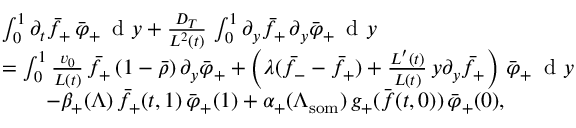
\begin{array} { r l } & { \int _ { 0 } ^ { 1 } \partial _ { t } \bar { f } _ { + } \, \bar { \varphi } _ { + } \, \textup { d } y + \frac { D _ { T } } { L ^ { 2 } ( t ) } \, \int _ { 0 } ^ { 1 } \partial _ { y } \bar { f } _ { + } \, \partial _ { y } \bar { \varphi } _ { + } \, \textup { d } y } \\ & { = \int _ { 0 } ^ { 1 } \frac { v _ { 0 } } { L ( t ) } \, \bar { f } _ { + } \, ( 1 - \bar { \rho } ) \, \partial _ { y } \bar { \varphi } _ { + } + \left( \lambda ( \bar { f } _ { - } - \bar { f } _ { + } ) + \frac { L ^ { \prime } ( t ) } { L ( t ) } \, y \partial _ { y } \bar { f } _ { + } \right) \, \bar { \varphi } _ { + } \, \textup { d } y } \\ & { \qquad - \beta _ { + } ( \Lambda ) \, \bar { f } _ { + } ( t , 1 ) \, \bar { \varphi } _ { + } ( 1 ) + \alpha _ { + } ( \Lambda _ { \mathrm { s o m } } ) \, g _ { + } ( \bar { \boldsymbol { f } } ( t , 0 ) ) \, \bar { \varphi } _ { + } ( 0 ) , } \end{array}